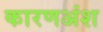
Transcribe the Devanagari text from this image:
कारणअंश